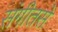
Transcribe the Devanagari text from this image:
संगीतसे